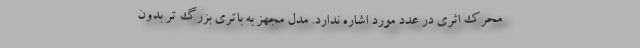
محرک اثری در عدد مورد اشاره ندارد. مدل مجهز به باتری بزرگ تر بدون